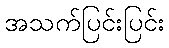
အသက်ပြင်းပြင်း